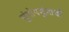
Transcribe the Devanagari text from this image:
सुंदोपसुंदांची